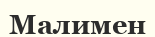
Малимен